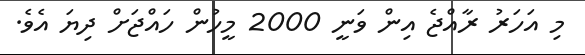
މި އަހަރު ރާއްޖެ އިން ވަނީ 2000 މީހުން ހައްޖަށް ދިޔަ އެވެ.